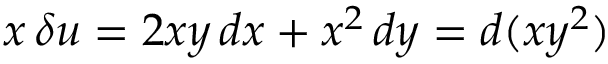
x \, \delta u = 2 x y \, d x + x ^ { 2 } \, d y = d ( x y ^ { 2 } )